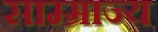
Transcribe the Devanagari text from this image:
साम्म्राज्य